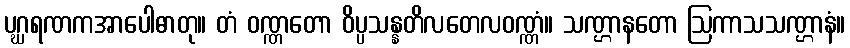
ပဂ္ဃရဏကအာပေါဓာတု။ တံ ဝဏ္ဏတော ဝိပ္ပသန္နတိလတေလဝဏ္ဏံ။ သဏ္ဌာနတော ဩကာသသဏ္ဌာနံ။